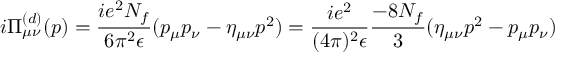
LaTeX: i \Pi _ { \mu \nu } ^ { ( d ) } ( p ) = \frac { i e ^ { 2 } N _ { f } } { 6 \pi ^ { 2 } \epsilon } ( p _ { \mu } p _ { \nu } - \eta _ { \mu \nu } p ^ { 2 } ) = \frac { i e ^ { 2 } } { ( 4 \pi ) ^ { 2 } \epsilon } \frac { - 8 N _ { f } } { 3 } ( \eta _ { \mu \nu } p ^ { 2 } - p _ { \mu } p _ { \nu } )